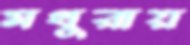
মথুরায়